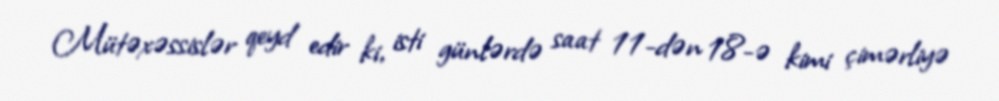
Mütəxəssislər qeyd edir ki, isti günlərdə saat 11-dən 18-ə kimi çimərliyə